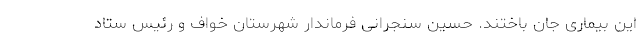
این بیماری جان باختند. حسین سنجرانی فرماندار شهرستان خواف و رئیس ستاد